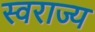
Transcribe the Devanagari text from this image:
स्‍वराज्य